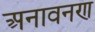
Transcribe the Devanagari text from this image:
अनावनण